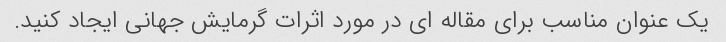
یک عنوان مناسب برای مقاله ای در مورد اثرات گرمایش جهانی ایجاد کنید.